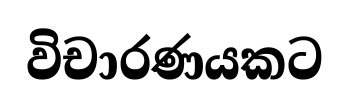
විචාරණයකට